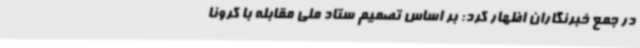
در جمع خبرنگاران اظهار کرد: بر اساس تصمیم ستاد ملی مقابله با کرونا